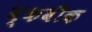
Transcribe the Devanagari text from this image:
ब्कबीक